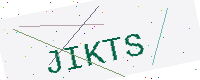
Text: JIKTS